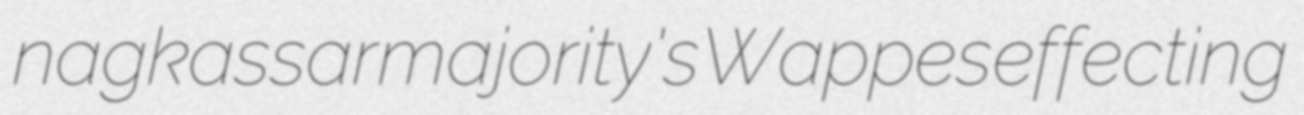
nagkassar majority's Wappes effecting